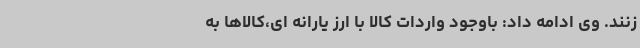
زنند. وی ادامه داد: باوجود واردات کالا با ارز یارانه ای،کالاها به